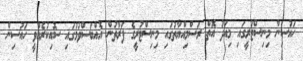
ހައުސިން މިނިސްޓުރީގައި މިއަދު އޮތް ރަސްމިއްޔާތުގައި މިނިސްޓުރީގެ ފަރާތުން އެއްބަސްވުމުގައި ސޮއިކުރެއްވީ ހައުސިން